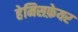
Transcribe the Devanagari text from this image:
हेमिसफ़ेयर